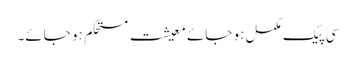
سی پیک مکمل ہو جائے معیشت مستحکم ہو جائے۔